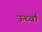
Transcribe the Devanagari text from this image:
ऊर्ध्वा